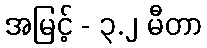
အမြင့် - ၃.၂ မီတာ